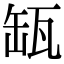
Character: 缻